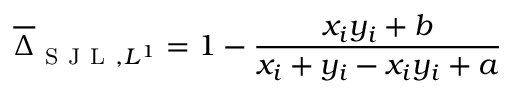
\overline { { \Delta } } _ { \mathrm { ~ S ~ J ~ L ~ } , L ^ { 1 } } = 1 - \frac { x _ { i } y _ { i } + b } { x _ { i } + y _ { i } - x _ { i } y _ { i } + a }